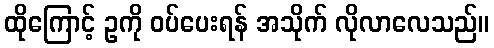
ထိုကြောင့် ဥကို ဝပ်ပေးရန် အသိုက် လိုလာလေသည်။